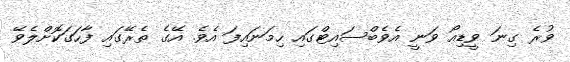
ވުރެ ގިނަ ވީޑިއޯ ވަނީ އެވެބްސައިޓްގައި ހިމަނައިފަ އެވެ. އޭގެ ތެރޭގައި ފާހަގަކޮށްލެވޭ